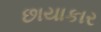
છાયાકાર